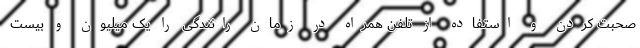
صحبت کردن و استفاده از تلفن همراه در زمان رانندگی را یک میلیون و بیست